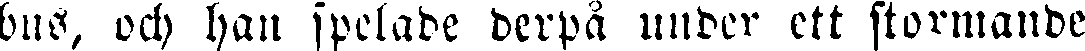
bus, och han spelade derpå under ett stormande